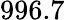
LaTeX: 996.7